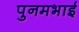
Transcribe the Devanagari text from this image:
पुनमभाई